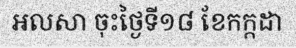
អលសា ចុះថ្ងៃទី១៨ ខែកក្កដា